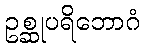
ဥစ္ဆုပရိဘောဂံ